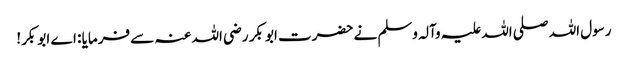
رسول اللہ صلی اللہ علیہ وآلہ وسلم نے حضرت ابو بکر رضی اللہ عنہ سے فرمایا : اے ابو بکر!